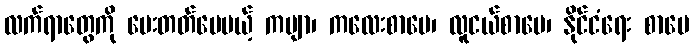
လက်ရာတွေကို ပေးတတ်ပေမယ့် ကဗျာ၊ ကလေးစာပေ၊ လူငယ်စာပေ၊ နိုင်ငံရေး စာပေ